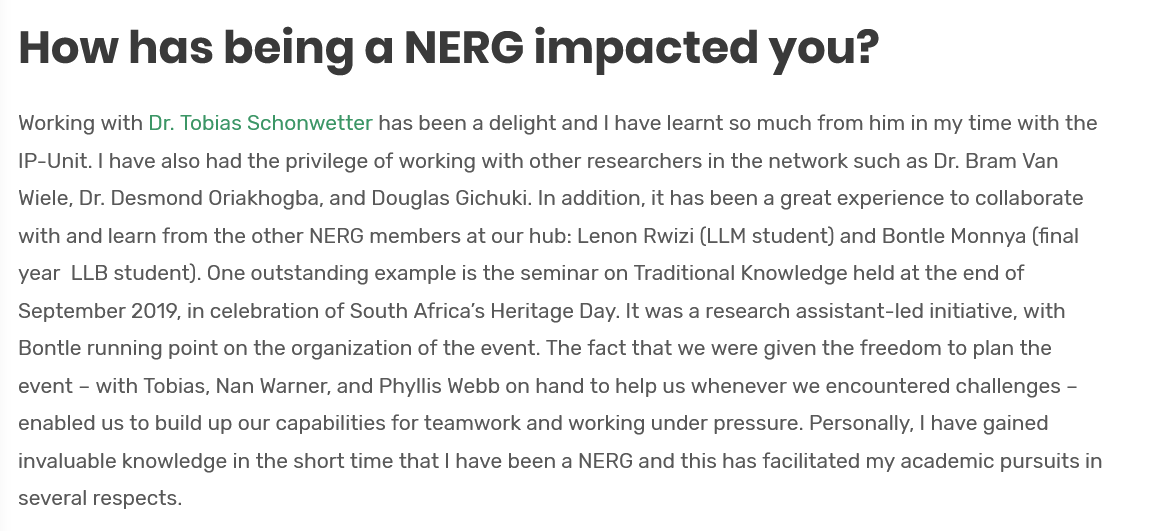
How    has  being    a   NERG    impacted    you?
  Working with Dr. Tobias Schonwetter has been a delight and | have learnt so much from him in my time with the
  IP-Unit. | have also had the privilege of working with other researchers in the network such as Dr. Bram Van
  Wiele, Dr. Desmond Oriakhogba, and Douglas Gichuki. In addition, it has been a great experience to collaborate
  with and learn from the other NERG members at our hub: Lenon Rwizi (LLM student) and Bontle Monnya (final
  year LLB student). One outstanding example is the seminar on Traditional Knowledge held at the end of
  September 2019, in celebration of South Africa’s Heritage Day. It was a research assistant-led initiative, with
  Bontle running point on the organization of the event. The fact that we were given the freedom to plan the
  event
     -
     with Tobias, Nan Warner, and Phyllis Webb on hand to help us whenever we encountered challenges
     —
  enabled us to build up our capabilities for teamwork and working under pressure. Personally, | have gained
  invaluable knowledge in the short time that | have been a NERG and this has facilitated my academic pursuits in
  several respects.